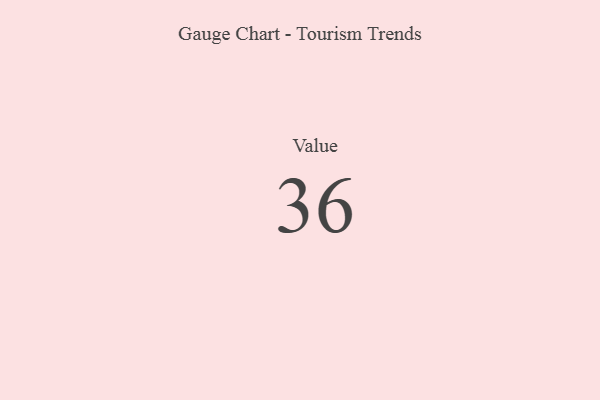
{"axis": {"x": "Metric", "y": "Value"}, "legend": [""], "data": [{"x": "Value", "y": 36, "type": ""}]}